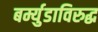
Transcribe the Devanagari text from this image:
बर्म्युडाविरुद्ध